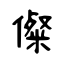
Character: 儏